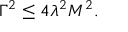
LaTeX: \Gamma ^ { 2 } \leq 4 \lambda ^ { 2 } M ^ { 2 } .